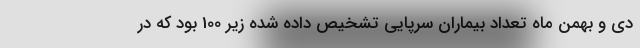
دی و بهمن ماه تعداد بیماران سرپایی تشخیص داده شده زیر 100 بود که در